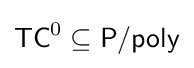
{\mathsf {TC}}^{0}\subseteq {\mathsf {P/poly}}